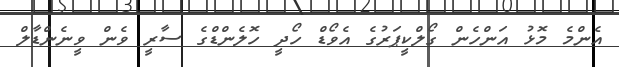
އެންމެ މޮޅު އަންހެން ގޯލްކީޕަރުގެ އެވޯޑް ހޯދީ ހޮލެންޑްގެ ސާރީ ވެން ވީނެންޑާލް